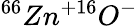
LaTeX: ^{66}Zn^{+16}O^{-}